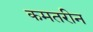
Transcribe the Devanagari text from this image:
कमतरीन